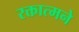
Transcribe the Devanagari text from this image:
रक्तात्मने